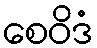
စေဝိဒံ